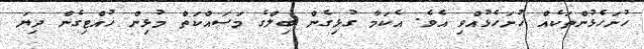
ހުށަހެޅުންތަކެއް ހުށަހެޅުއްވި އެވެ. އެކަމާ ގުޅިގެން ބިލްގެ މަސައްކަތް މުޅިން ހުއްޓިގެން ދިޔަ